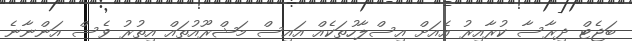
ބަޖެޓް ދިރާސާ ކުރާއިރު އެއަށް އިސްލާހުތަކެއް އައިސް މަޝްރޫއުތައް އިތުރު ވެސް އަންނާނެ